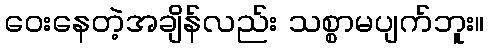
ဝေးနေတဲ့အချိန်လည်း သစ္စာမပျက်ဘူး။